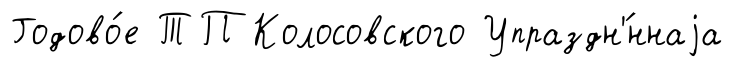
Годово́е ТП Колосовского Упраздн'́ннаjа